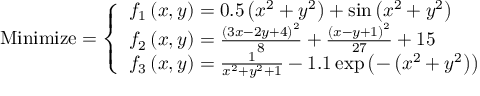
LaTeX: { \mathrm { M i n i m i z e } } = { \left\{ \begin{array} { l l } { f _ { 1 } \left( x , y \right) = 0 . 5 \left( x ^ { 2 } + y ^ { 2 } \right) + \sin \left( x ^ { 2 } + y ^ { 2 } \right) } \\ { f _ { 2 } \left( x , y \right) = { \frac { \left( 3 x - 2 y + 4 \right) ^ { 2 } } { 8 } } + { \frac { \left( x - y + 1 \right) ^ { 2 } } { 2 7 } } + 1 5 } \\ { f _ { 3 } \left( x , y \right) = { \frac { 1 } { x ^ { 2 } + y ^ { 2 } + 1 } } - 1 . 1 \exp \left( - \left( x ^ { 2 } + y ^ { 2 } \right) \right) } \end{array} \right. }